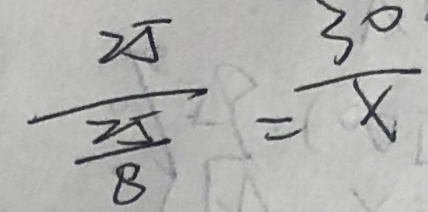
\frac { 2 5 } { \frac { 2 5 } { 8 } } = \frac { 3 0 } { x }